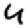
Digit: 4